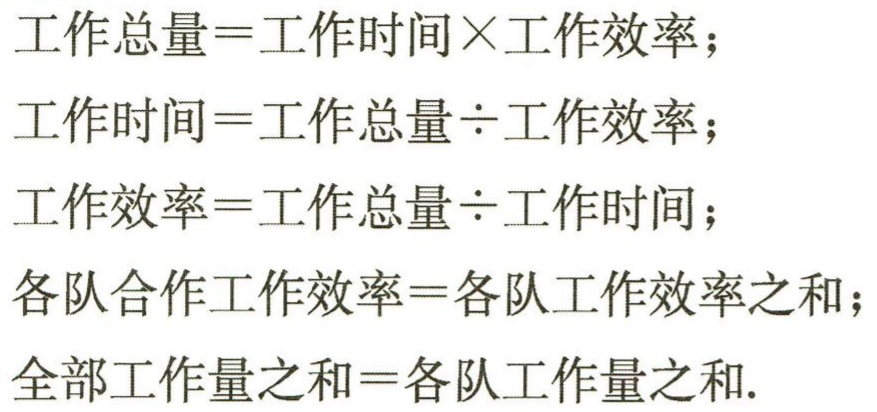
工作总量=工作时间×工作效率；
工作时间=工作总量÷工作效率；
工作效率=工作总量÷工作时间；
各队合作工作效率=各队工作效率之和；
全部工作量之和=各队工作量之和.